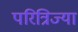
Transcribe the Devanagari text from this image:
परित्रिज्या